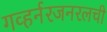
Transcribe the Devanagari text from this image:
गव्हर्नरजनरलची